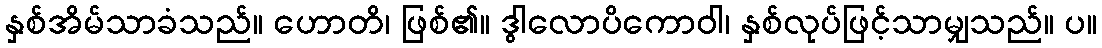
နှစ်အိမ်သာခံသည်။ ဟောတိ၊ ဖြစ်၏။ ဒွါလောပိကောဝါ၊ နှစ်လုပ်ဖြင့်သာမျှသည်။ ပ။